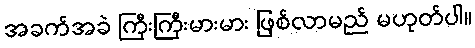
အခက်အခဲ ကြီးကြီးမားမား ဖြစ်လာမည် မဟုတ်ပါ။